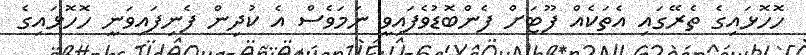
ހޮހޮޅައިގެ ތެރޭގައި އެތަކެއް ފޫޓަށް ފެންބޮޑުވެފައިވީ ނަމަވެސް އެ ކުދިން ފެނިފައިވަނީ ހޮހޮޅައިގެ